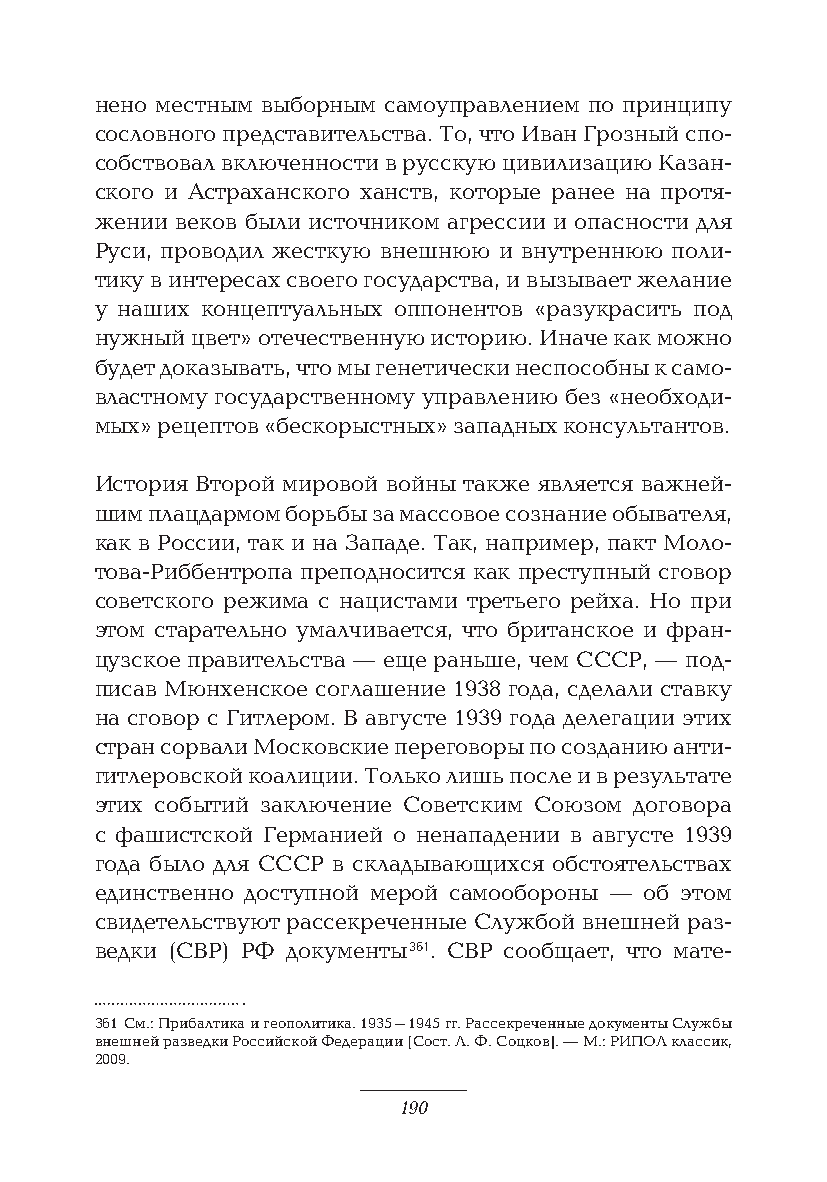
нено местным выборным самоуправлением по принципу
 сословного представительства. То, что Иван Грозный спо-
 собствовал включенности в русскую цивилизацию Казан-
 ского и Астраханского ханств, которые ранее на протя-
 жении веков были источником агрессии и опасности для
 Руси, проводил жесткую внешнюю и внутреннюю поли-
 тику в интересах своего государства, и вызывает желание
 у наших концептуальных оппонентов «разукрасить под
 нужный цвет» отечественную историю. Иначе как можно
 будет доказывать, что мы генетически неспособны к само-
 властному государственному управлению без «необходи-
 мых» рецептов «бескорыстных» западных консультантов.
 История Второй мировой войны также является важней-
 шим плацдармом борьбы за массовое сознание обывателя,
 как в России, так и на Западе. Так, например, пакт Моло-
 това-Риббентропа преподносится как преступный сговор
 советского режима с нацистами третьего рейха. Но при
 этом старательно умалчивается, что британское и фран-
 цузское правительства — еще раньше, чем СССР, — под-
 писав Мюнхенское соглашение 1938 года, сделали ставку
 на сговор с Гитлером. В августе 1939 года делегации этих
 стран сорвали Московские переговоры по созданию анти-
 гитлеровской коалиции. Только лишь после и в результате
 этих событий заключение Советским Союзом договора
 с фашистской Германией о ненападении в августе 1939
 года было для СССР в складывающихся обстоятельствах
 единственно доступной мерой самообороны — об этом
 свидетельствуют рассекреченные Службой внешней раз-
 ведки (СВР) РФ документы 361. СВР сообщает, что мате-
 361 См.: Прибалтика и геополитика. 1935–1945 гг. Рассекреченные документы Службы
 внешней разведки Российской Федерации [Сост. Л. Ф. Соцков]. — М.: РИПОЛ классик,
 2009.
 190